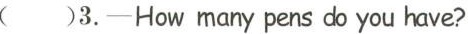
( )3.-How many pens do you have?